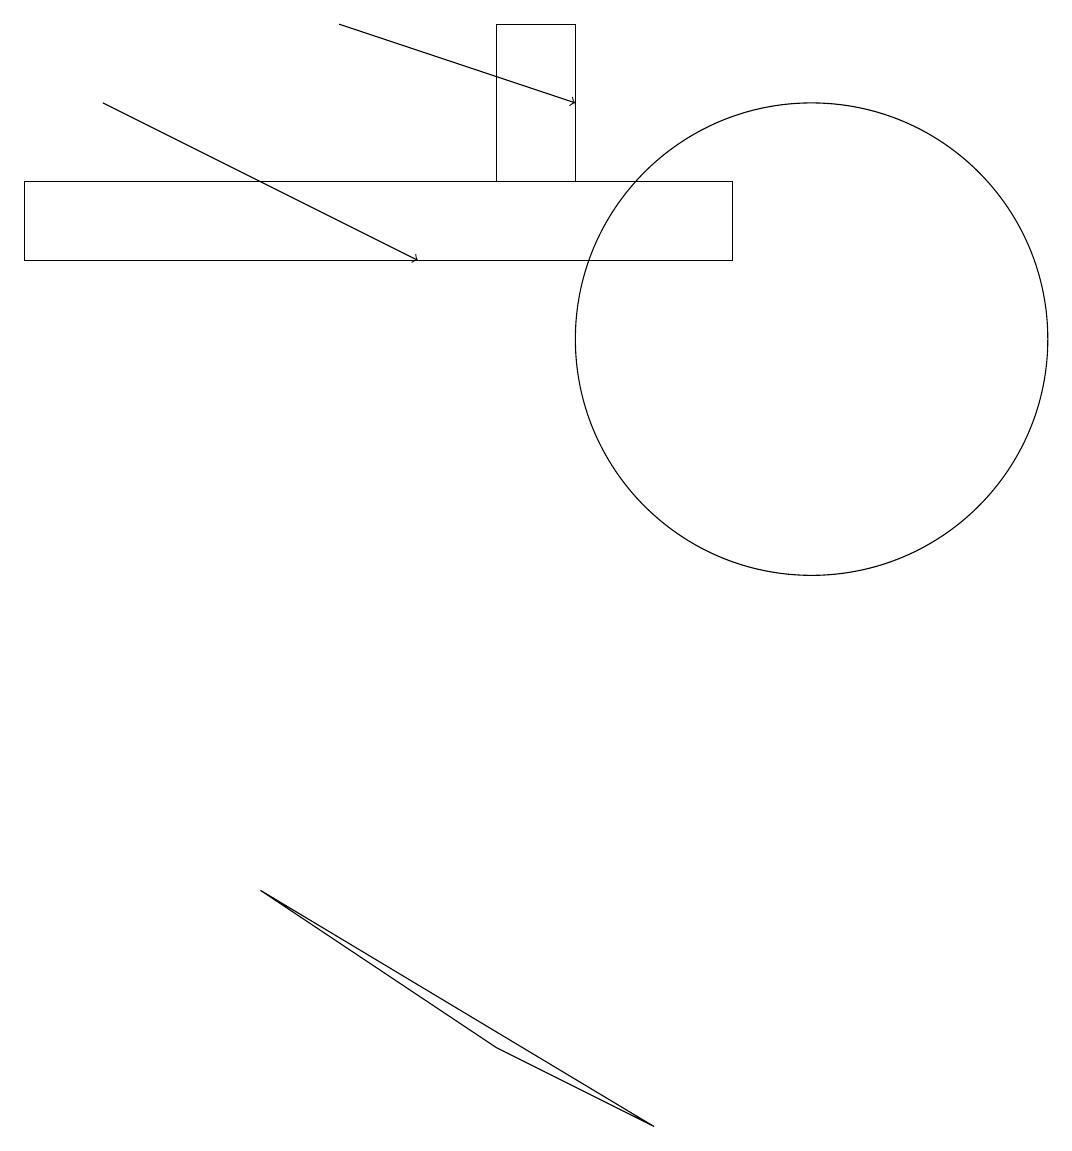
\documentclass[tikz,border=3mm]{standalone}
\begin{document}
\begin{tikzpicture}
\draw (7,13) rectangle (6,15);
\draw (10,11) circle (3);
\draw[->] (1,14) -- (5,12);
\draw (6,2) -- (3,4) -- (8,1) -- cycle;
\draw (9,13) rectangle (0,12);
\draw[->] (4,15) -- (7,14);
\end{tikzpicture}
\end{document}